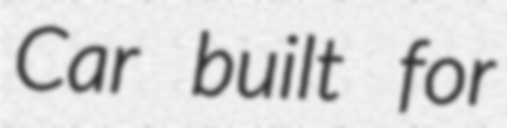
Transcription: Car built for